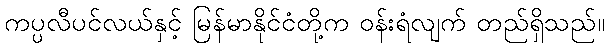
ကပ္ပလီပင်လယ်နှင့် မြန်မာနိုင်ငံတို့က ဝန်းရံလျက် တည်ရှိသည်။